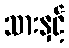
သားနှင့်